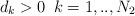
LaTeX: \begin{align*}d_{k}>0\,\, \, k=1,..,N_{2}\end{align*}